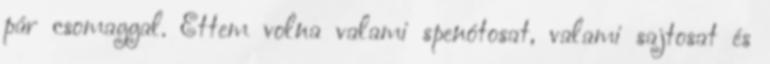
pár csomaggal. Ettem volna valami spenótosat, valami sajtosat és